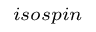
_ { i s o s p i n }